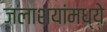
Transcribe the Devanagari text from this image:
जलाशयांमध्ये